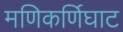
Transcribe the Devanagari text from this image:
मणिकर्णिघाट